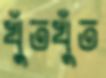
খুঁতখুঁত